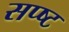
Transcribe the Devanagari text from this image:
सप्ष्ट